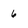
Character: 6